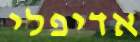
אדיפלי